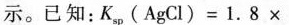
示。已知：$$K _ {s p } ( A g C l ) = 1 . 8 \times